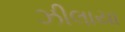
ઝીલાયા